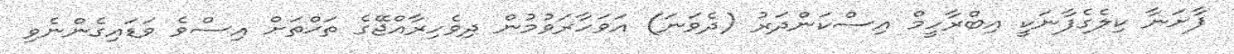
ފާށަނާ ކިލެގެފާނަކީ އިބްރާހީމް އިސްކަންދަރު (ދެވަނަ) އަވަހާރަވުމުން ދިވެހިރާއްޖޭގެ ތަޚްތަށް އިސްވެ ވަޑައިގެންނެވި